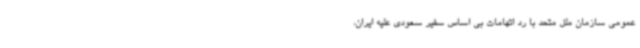
عمومی سازمان ملل متحد با رد اتهامات بی اساس سفیر سعودی علیه ایران،